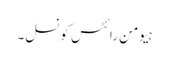
ہیومن رائٹس کونسل۔